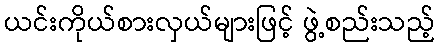
ယင်းကိုယ်စားလှယ်များဖြင့် ဖွဲ့စည်းသည့်